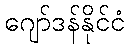
ဂျော်ဒန်နိုင်ငံ